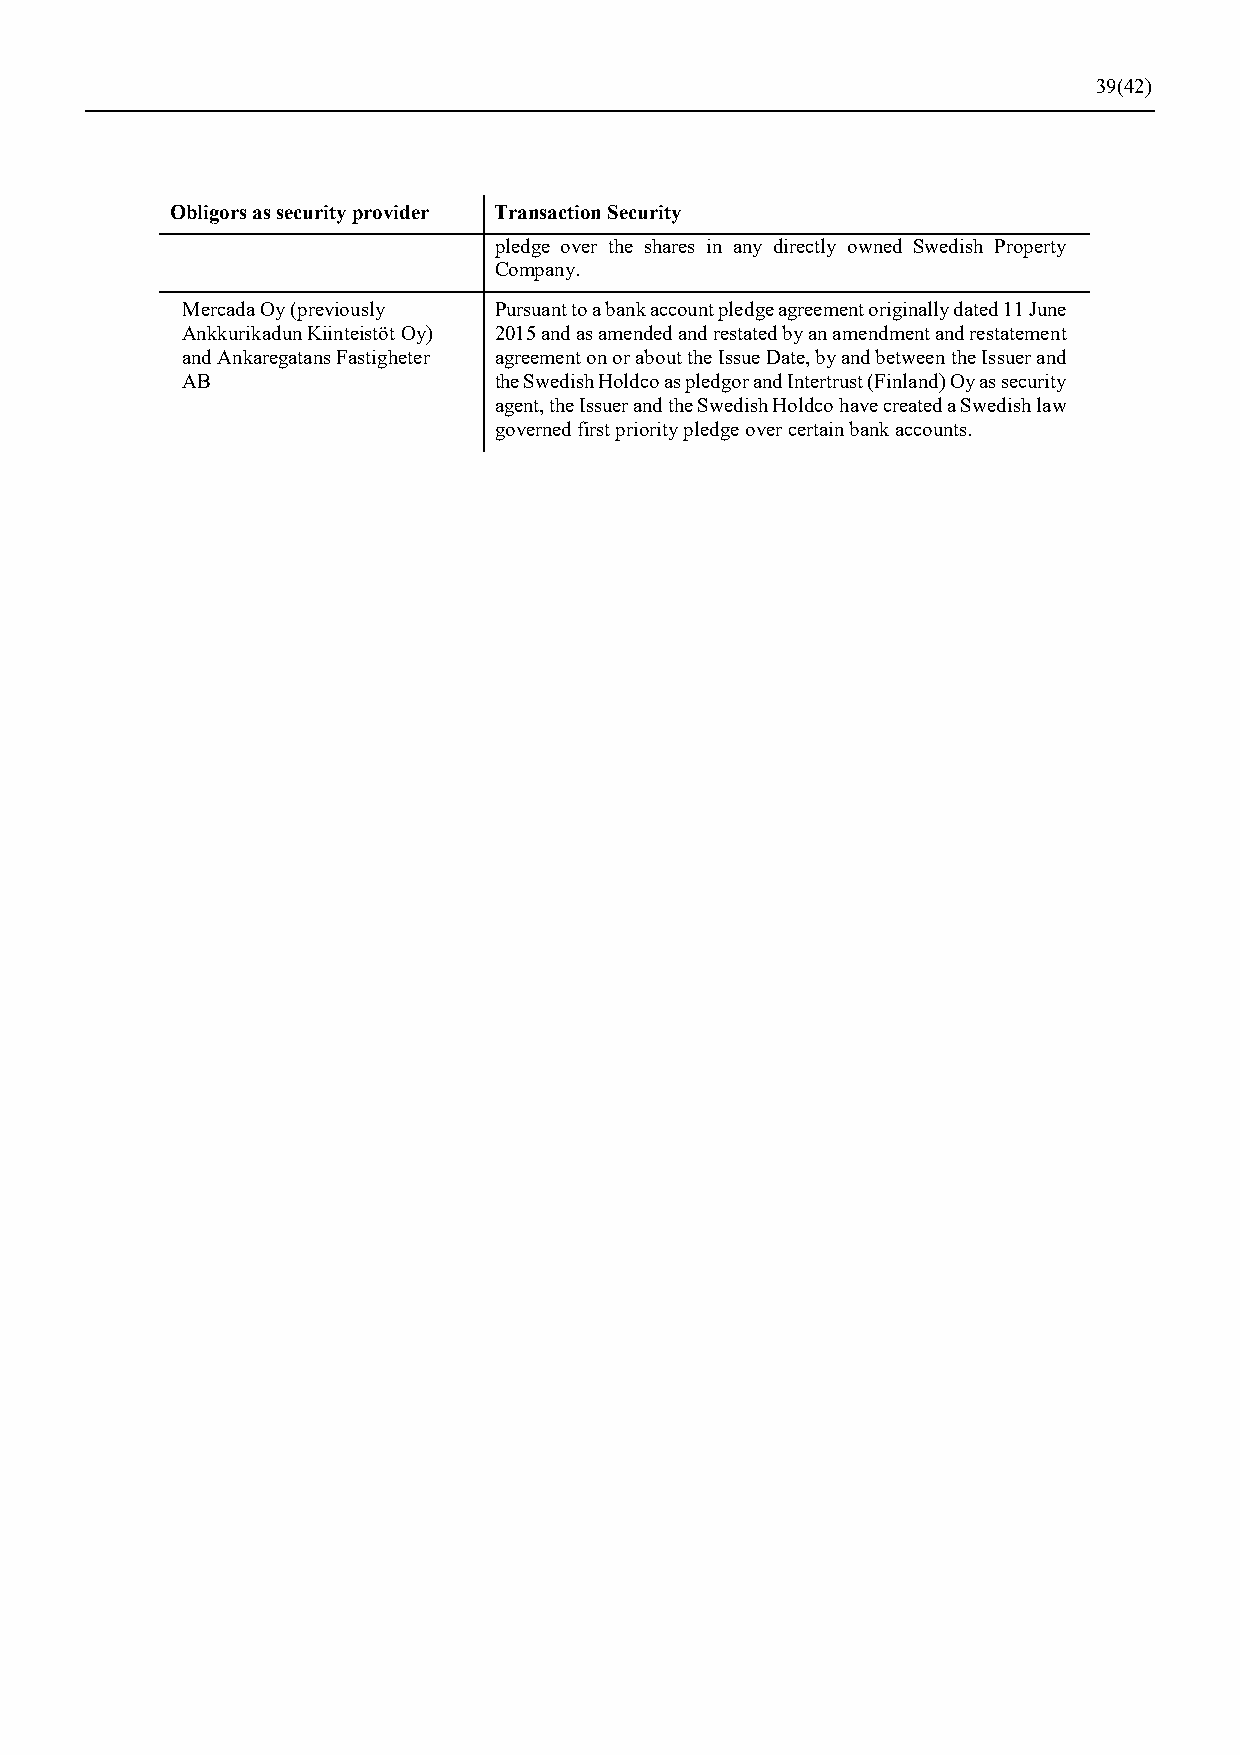
39(42)
 Obligors as security provider Transaction Security
 pledge over the shares in any directly owned Swedish Property
 Company.
 Mercada Oy (previously Pursuant to a bank account pledge agreement originally dated 11 June
 Ankkurikadun Kiinteistöt Oy) 2015 and as amended and restated by an amendment and restatement
 and Ankaregatans Fastigheter agreement on or about the Issue Date, by and between the Issuer and
 AB                   the Swedish Holdco as pledgor and Intertrust (Finland) Oy as security
 agent, the Issuer and the Swedish Holdco have created a Swedish law
 governed first priority pledge over certain bank accounts.